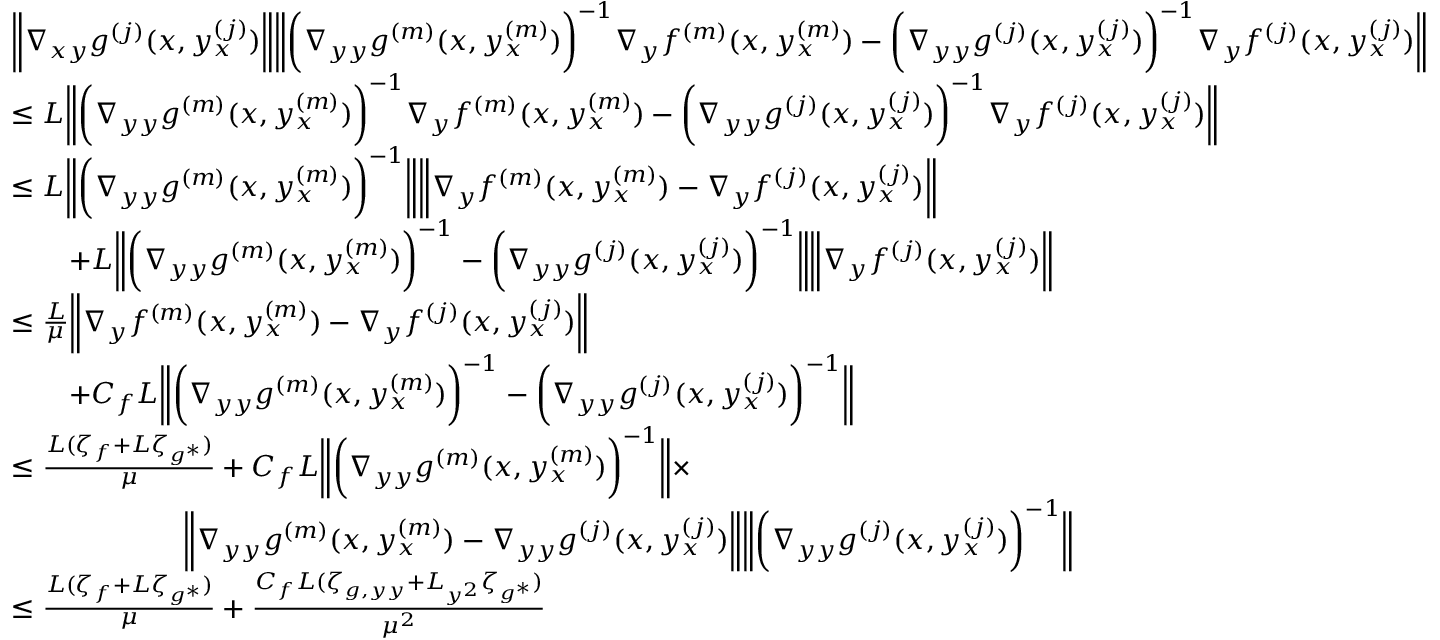
\begin{array} { r l } & { \bigg \| \nabla _ { x y } g ^ { ( j ) } ( x , y _ { x } ^ { ( j ) } ) \bigg \| \bigg \| \bigg ( \nabla _ { y y } g ^ { ( m ) } ( x , y _ { x } ^ { ( m ) } ) \bigg ) ^ { - 1 } \nabla _ { y } f ^ { ( m ) } ( x , y _ { x } ^ { ( m ) } ) - \bigg ( \nabla _ { y y } g ^ { ( j ) } ( x , y _ { x } ^ { ( j ) } ) \bigg ) ^ { - 1 } \nabla _ { y } f ^ { ( j ) } ( x , y _ { x } ^ { ( j ) } ) \bigg \| } \\ & { \leq L \bigg \| \bigg ( \nabla _ { y y } g ^ { ( m ) } ( x , y _ { x } ^ { ( m ) } ) \bigg ) ^ { - 1 } \nabla _ { y } f ^ { ( m ) } ( x , y _ { x } ^ { ( m ) } ) - \bigg ( \nabla _ { y y } g ^ { ( j ) } ( x , y _ { x } ^ { ( j ) } ) \bigg ) ^ { - 1 } \nabla _ { y } f ^ { ( j ) } ( x , y _ { x } ^ { ( j ) } ) \bigg \| } \\ & { \leq L \bigg \| \bigg ( \nabla _ { y y } g ^ { ( m ) } ( x , y _ { x } ^ { ( m ) } ) \bigg ) ^ { - 1 } \bigg \| \bigg \| \nabla _ { y } f ^ { ( m ) } ( x , y _ { x } ^ { ( m ) } ) - \nabla _ { y } f ^ { ( j ) } ( x , y _ { x } ^ { ( j ) } ) \bigg \| } \\ & { \qquad + L \bigg \| \bigg ( \nabla _ { y y } g ^ { ( m ) } ( x , y _ { x } ^ { ( m ) } ) \bigg ) ^ { - 1 } - \bigg ( \nabla _ { y y } g ^ { ( j ) } ( x , y _ { x } ^ { ( j ) } ) \bigg ) ^ { - 1 } \bigg \| \bigg \| \nabla _ { y } f ^ { ( j ) } ( x , y _ { x } ^ { ( j ) } ) \bigg \| } \\ & { \leq \frac { L } { \mu } \bigg \| \nabla _ { y } f ^ { ( m ) } ( x , y _ { x } ^ { ( m ) } ) - \nabla _ { y } f ^ { ( j ) } ( x , y _ { x } ^ { ( j ) } ) \bigg \| } \\ & { \qquad + C _ { f } L \bigg \| \bigg ( \nabla _ { y y } g ^ { ( m ) } ( x , y _ { x } ^ { ( m ) } ) \bigg ) ^ { - 1 } - \bigg ( \nabla _ { y y } g ^ { ( j ) } ( x , y _ { x } ^ { ( j ) } ) \bigg ) ^ { - 1 } \bigg \| } \\ & { \leq \frac { L ( \zeta _ { f } + L \zeta _ { g ^ { \ast } } ) } { \mu } + C _ { f } L \bigg \| \bigg ( \nabla _ { y y } g ^ { ( m ) } ( x , y _ { x } ^ { ( m ) } ) \bigg ) ^ { - 1 } \bigg \| \times } \\ & { \qquad \qquad \qquad \bigg \| \nabla _ { y y } g ^ { ( m ) } ( x , y _ { x } ^ { ( m ) } ) - \nabla _ { y y } g ^ { ( j ) } ( x , y _ { x } ^ { ( j ) } ) \bigg \| \bigg \| \bigg ( \nabla _ { y y } g ^ { ( j ) } ( x , y _ { x } ^ { ( j ) } ) \bigg ) ^ { - 1 } \bigg \| } \\ & { \leq \frac { L ( \zeta _ { f } + L \zeta _ { g ^ { \ast } } ) } { \mu } + \frac { C _ { f } L ( \zeta _ { g , y y } + L _ { y ^ { 2 } } \zeta _ { g ^ { \ast } } ) } { \mu ^ { 2 } } } \end{array}